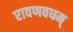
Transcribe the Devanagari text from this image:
रावणवधम्